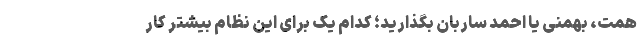
همت، بهمنی یا احمد ساربان بگذارید؛ کدام یک برای این نظام بیشتر کار